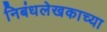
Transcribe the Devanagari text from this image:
निबंधलेखकाच्या